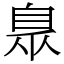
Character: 臮